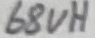
Text: 68uH